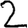
Digit: 2